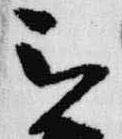
被